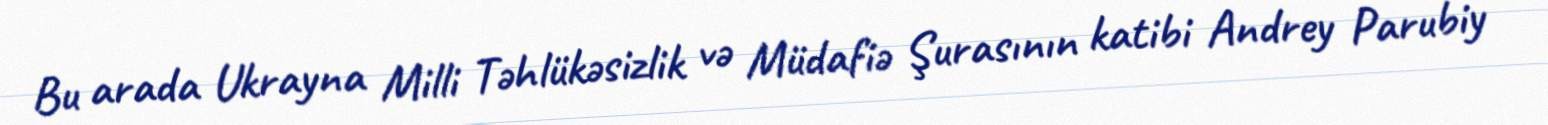
Bu arada Ukrayna Milli Təhlükəsizlik və Müdafiə Şurasının katibi Andrey Parubiy